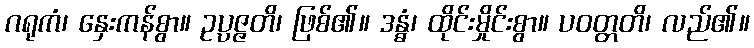
ဂရုကံ၊ နှေးကန်စွာ။ ဥပ္ပဇ္ဇတိ၊ ဖြစ်၏။ ဒန္ဓံ၊ ထိုင်းမှိုင်းစွာ။ ပဝတ္တတိ၊ လည်၏။